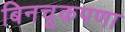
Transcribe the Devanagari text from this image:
बिनचूकपणा